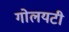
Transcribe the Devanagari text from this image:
गोलयटी